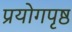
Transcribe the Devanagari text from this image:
प्रयोगपृष्ठ